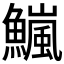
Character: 𫙹